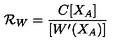
{ \cal R } _ { W } = \frac { C [ X _ { A } ] } { [ W ^ { \prime } ( X _ { A } ) ] }